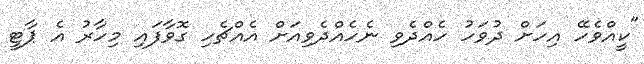
"ކީއްވެހޭ އިހަށް ދުވަހު ހެއްދެވި ނެހެއްދެވިއަށް އެއްޗެހި ގޮވާފައި މިހާރު އެ ޕާޓީ